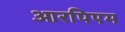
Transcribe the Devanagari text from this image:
आरपिएम